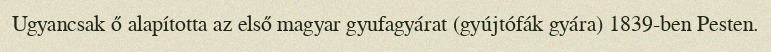
Ugyancsak ő alapította az első magyar gyufagyárat (gyújtófák gyára) 1839-ben Pesten.